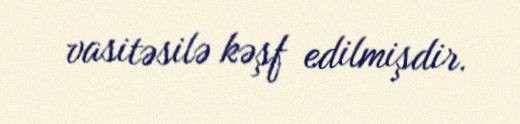
vasitəsilə kəşf edilmişdir.